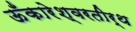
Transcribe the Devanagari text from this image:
ऊँकारेश्वरतीर्थ